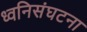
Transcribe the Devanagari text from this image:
ध्वनिसंघटना